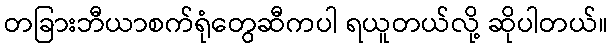
တခြားဘီယာစက်ရုံတွေဆီကပါ ရယူတယ်လို့ ဆိုပါတယ်။